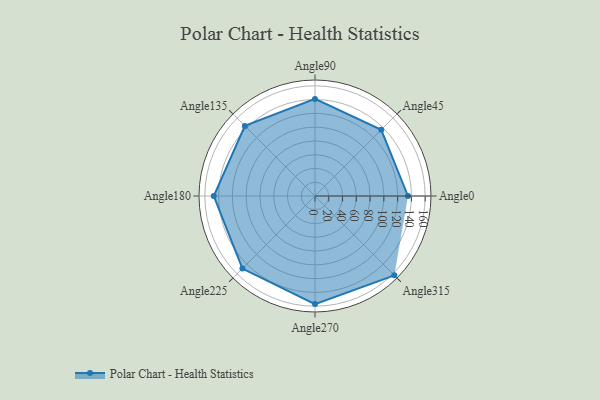
{"axis": {"x": "Angle", "y": "Radius"}, "legend": [""], "data": [{"x": "Angle0", "y": 135.0, "type": ""}, {"x": "Angle45", "y": 136.0, "type": ""}, {"x": "Angle90", "y": 141.0, "type": ""}, {"x": "Angle135", "y": 144.0, "type": ""}, {"x": "Angle180", "y": 147.0, "type": ""}, {"x": "Angle225", "y": 149.0, "type": ""}, {"x": "Angle270", "y": 157.0, "type": ""}, {"x": "Angle315", "y": 163.0, "type": ""}]}